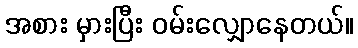
အစား မှားပြီး ဝမ်းလျှောနေတယ်။